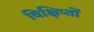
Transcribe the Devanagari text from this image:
विक्षिप्तों